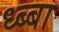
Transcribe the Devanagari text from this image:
ध्ब्बा